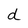
Character: d